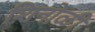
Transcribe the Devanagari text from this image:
शिनोळी